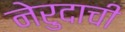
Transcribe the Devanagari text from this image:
नेरुदाची